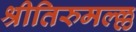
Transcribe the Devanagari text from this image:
श्रीतिरुमल्ल्ल